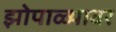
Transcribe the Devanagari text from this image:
झोपाळ्यावर